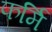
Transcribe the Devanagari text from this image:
फर्मि